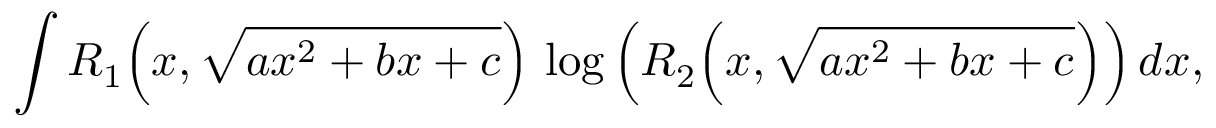
\int R _ { 1 } { \Big ( } x , { \sqrt { a x ^ { 2 } + b x + c } } { \Big ) } \, \log { \Big ( } R _ { 2 } { \Big ( } x , { \sqrt { a x ^ { 2 } + b x + c } } { \Big ) } { \Big ) } \, d x ,